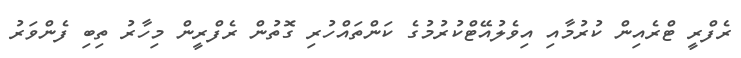
ރެފްރީ ޓްރެއިން ކުރުމާއި އިވެލުއޭޓްކުރުމުގެ ކަންތައްހުރި ގޮތުން ރެފްރީން މިހާރު ތިބި ފެންވަރު